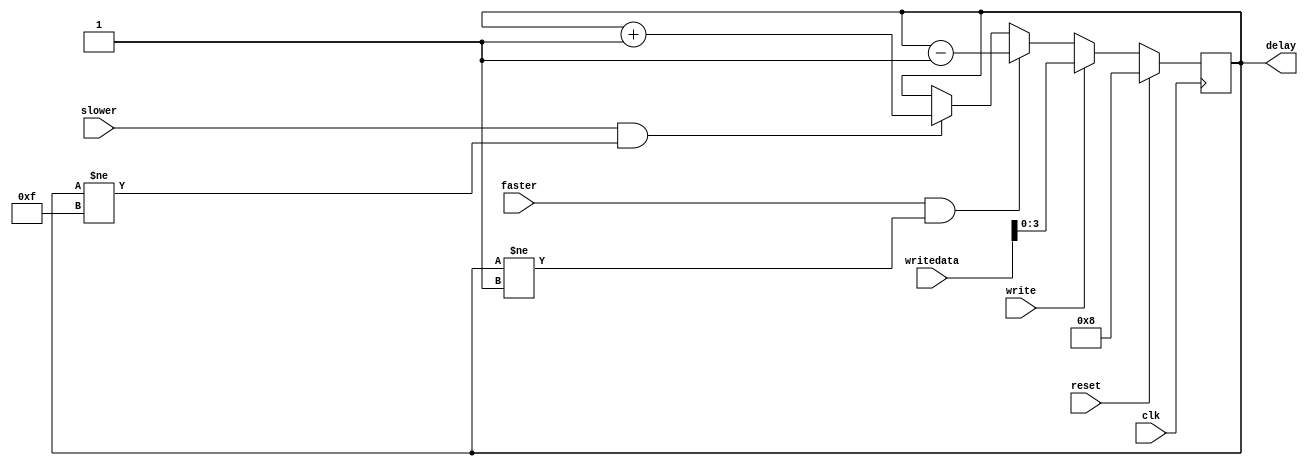
module delay_ctrl (
    input clk,
    input reset,

    input faster,
    input slower,
    output [3:0] delay,

    input write,
    input [7:0] writedata
);

reg [3:0] delay_intern = 4'b1000;

assign delay = delay_intern;

always @(posedge clk) begin
    if (reset)
        delay_intern <= 4'b1000;
    else if (write)
        delay_intern <= writedata[3:0];
    else if (faster && delay_intern != 4'b0001)
        delay_intern <= delay_intern - 1'b1;
    else if (slower && delay_intern != 4'b1111)
        delay_intern <= delay_intern + 1'b1;
end

endmodule